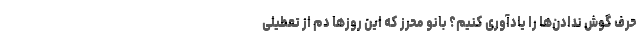
حرف گوش ندادن‌‌ها را یادآوری کنیم؟ بانو محرز که این روزها دم از تعطیلی